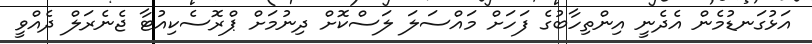
އަޅުގަނޑުމެން އެދެނީ އިންތިހާބުގެ ފަހަށް މައްސަލަ ލަސްކޮށް ދިނުމަށް ޕްރޮސެކިއުޓާ ޖެނެރަލް ދެއްވީ